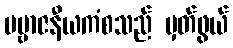
ပဗ္ဗာဇနီယကံစသည် မှတ်ဖွယ်